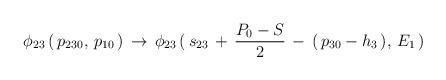
LaTeX: \begin{align*}\phi_{23}\,(\,p_{230},\,p_{10}\,)\,\to\,\phi_{23}\,(\,s_{23}\,+\,{P_0-S\over2}\,-\,(\,p_{30}-h_3\,),\,E_1\,)\end{align*}